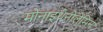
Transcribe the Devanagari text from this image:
मोनाइथेनोलेमिन